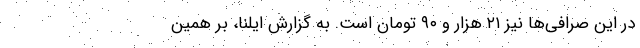
در این صرافی‌ها نیز ۲۱ هزار و ۹۰ تومان است. به گزارش ایلنا، بر همین‌